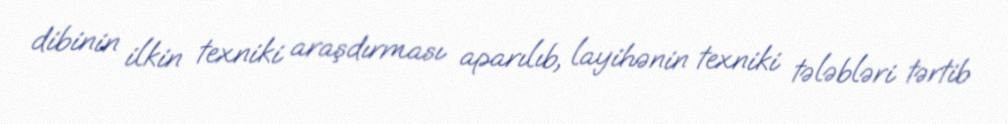
dibinin ilkin texniki araşdırması aparılıb, layihənin texniki tələbləri tərtib